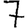
Digit: 7